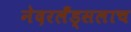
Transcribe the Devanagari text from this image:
नेदरलँड्सलाच